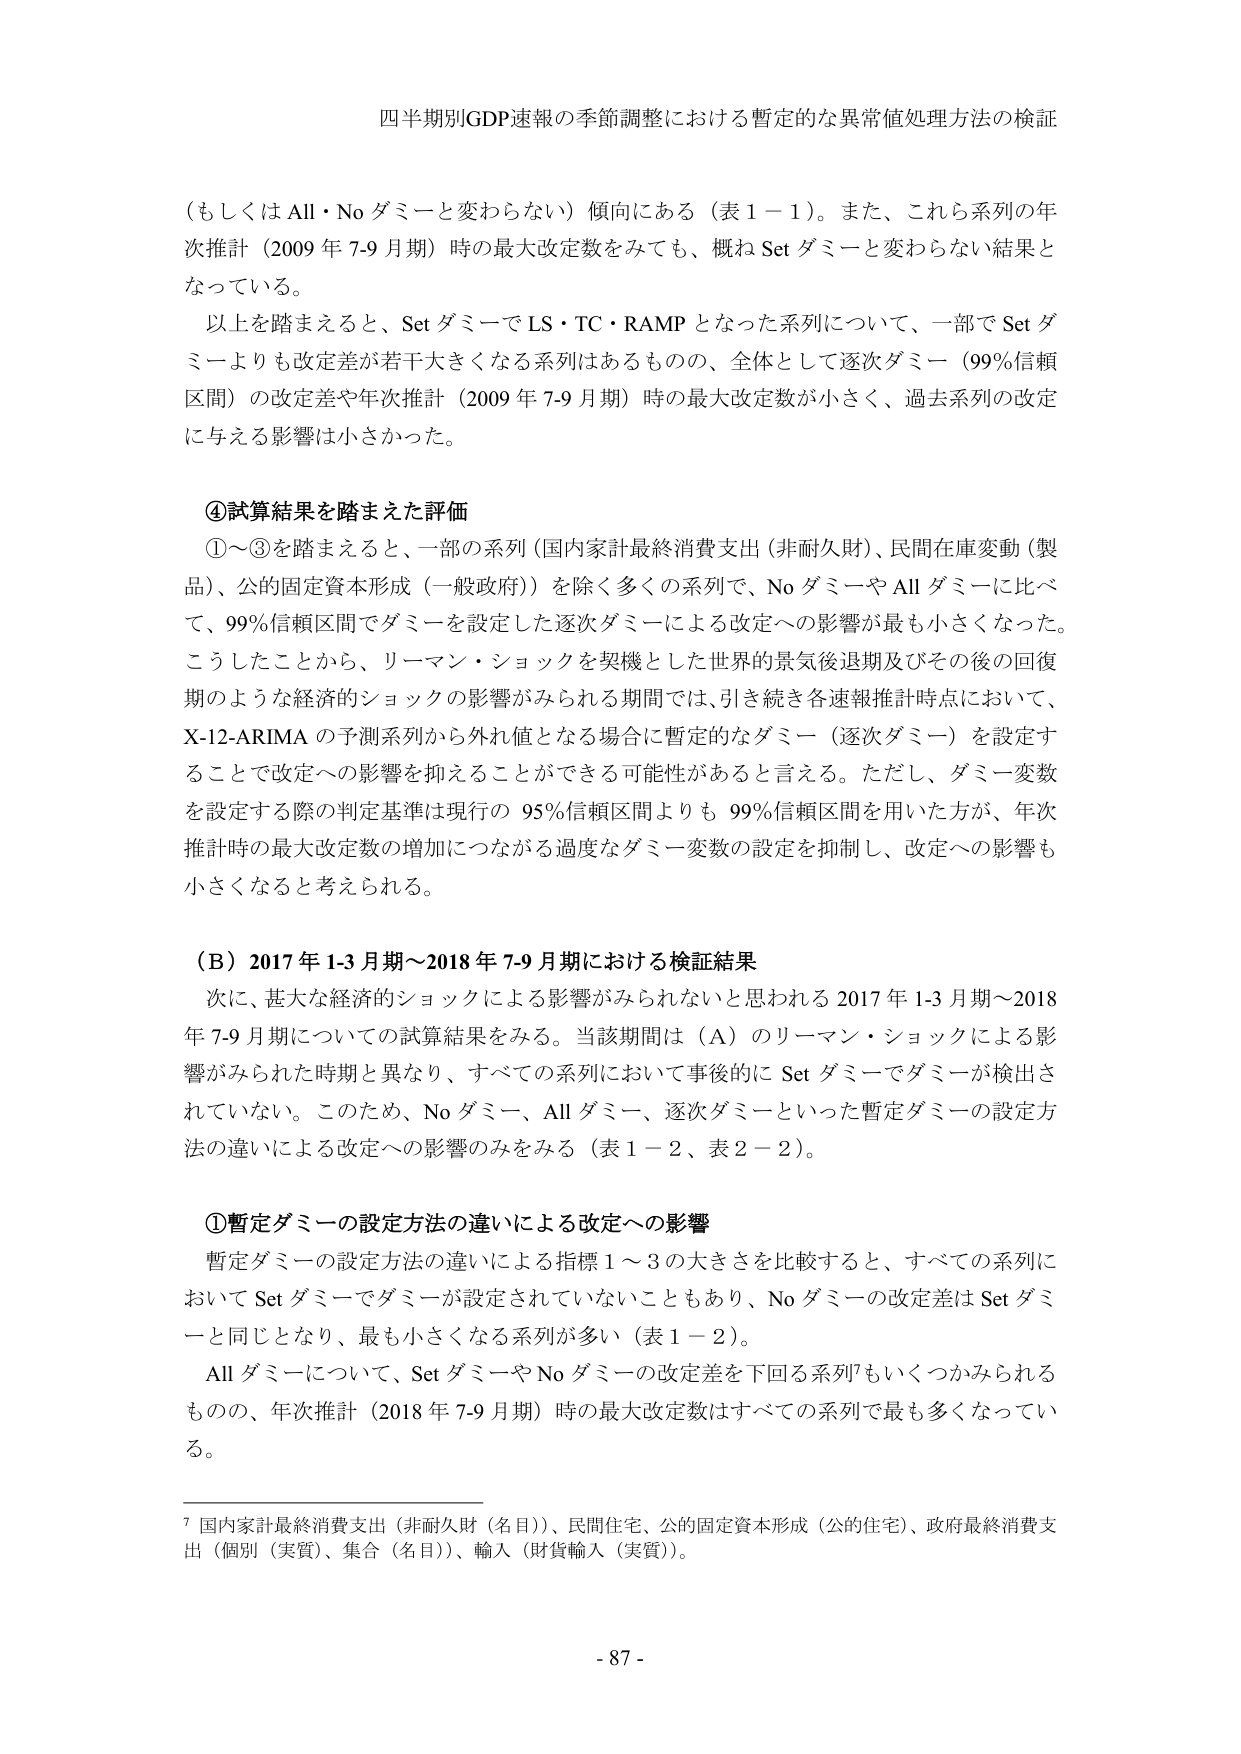
四半期別GDP速報の季節調整における暫定的な異常値処理方法の検証

（もしくは All・No ダミーと変わらない）傾向にある（表１－１）。また、これら系列の年次推計（2009 年 7-9 月期）時の最大改定数をみても、概ね Set ダミーと変わらない結果となっている。

以上を踏まえると、Set ダミーで LS・TC・RAMP となった系列について、一部で Set ダミーよりも改定差が若干大きくなる系列はあるものの、全体として逐次ダミー（99％信頼区間）の改定差や年次推計（2009 年 7-9 月期）時の最大改定数が小さく、過去系列の改定に与える影響は小さかった。

④試算結果を踏まえた評価

①～③を踏まえると、一部の系列（国内家計最終消費支出（非耐久財）、民間在庫変動（製品）、公的固定資本形成（一般政府））を除く多くの系列で、No ダミーや All ダミーに比べて、99％信頼区間でダミーを設定した逐次ダミーによる改定への影響が最も小さくなった。こうしたことから、リーマン・ショックを契機とした世界的景気後退期及びその後の回復期のような経済的ショックの影響がみられる期間では、引き続き各速報推計時点において、X-12-ARIMA の予測系列から外れ値となる場合に暫定的なダミー（逐次ダミー）を設定することで改定への影響を抑えることができる可能性があると言える。ただし、ダミー変数を設定する際の判定基準は現行の 95％信頼区間よりも 99％信頼区間を用いた方が、年次推計時の最大改定数の増加につながる過度なダミー変数の設定を抑制し、改定への影響も小さくなると考えられる。

（Ｂ）2017 年 1-3 月期～2018 年 7-9 月期における検証結果

次に、甚大な経済的ショックによる影響がみられないと思われる 2017 年 1-3 月期～2018 年 7-9 月期についての試算結果をみる。当該期間は（Ａ）のリーマン・ショックによる影響がみられた時期と異なり、すべての系列において事後的に Set ダミーでダミーが検出されていない。このため、No ダミー、All ダミー、逐次ダミーといった暫定ダミーの設定方法の違いによる改定への影響のみをみる（表１－２、表２－２）。

①暫定ダミーの設定方法の違いによる改定への影響

暫定ダミーの設定方法の違いによる指標１～３の大きさを比較すると、すべての系列において Set ダミーでダミーが設定されていないこともあり、No ダミーの改定差は Set ダミーと同じとなり、最も小さくなる系列が多い（表１－２）。

All ダミーについて、Set ダミーや No ダミーの改定差を下回る系列⁷もいくつかみられるものの、年次推計（2018 年 7-9 月期）時の最大改定数はすべての系列で最も多くなっている。

⁷ 国内家計最終消費支出（非耐久財（名目））、民間住宅、公的固定資本形成（公的住宅）、政府最終消費支出（個別（実質）、集合（名目））、輸入（財貨輸入（実質））。

- 87 -